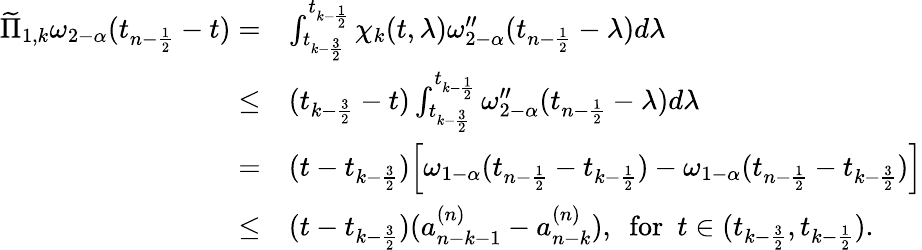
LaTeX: \begin{array}{rl}{\widetilde{\Pi}_{1,k}\omega_{2-\alpha}(t_{n-\frac{1}{2}}-t)=}&{\int_{t_{k-\frac{3}{2}}}^{t_{k-\frac{1}{2}}}\chi_{k}(t,\lambda)\omega_{2-\alpha}^{\prime\prime}(t_{n-\frac{1}{2}}-\lambda)d\lambda}\\ {\le}&{(t_{k-\frac{3}{2}}-t)\int_{t_{k-\frac{3}{2}}}^{t_{k-\frac{1}{2}}}\omega_{2-\alpha}^{\prime\prime}(t_{n-\frac{1}{2}}-\lambda)d\lambda}\\ {=}&{(t-t_{k-\frac{3}{2}})\Big[\omega_{1-\alpha}(t_{n-\frac{1}{2}}-t_{k-\frac{1}{2}})-\omega_{1-\alpha}(t_{n-\frac{1}{2}}-t_{k-\frac{3}{2}})\Big]}\\ {\le}&{(t-t_{k-\frac{3}{2}})(a_{n-k-1}^{(n)}-a_{n-k}^{(n)}),~~\mathrm{for}~~t\in(t_{k-\frac{3}{2}},t_{k-\frac{1}{2}}).}\end{array}